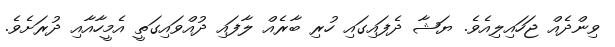
ވިންދެއް ޖަހައިލިއެވެ. ޔަަޝާ ދެފައިގައި ހުރި ބާރެއް ލާފައި ދުއްވައިގަތީ އެމީހާއާއި ދުރަށެވެ.